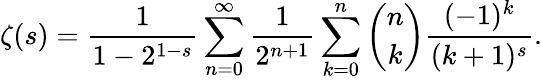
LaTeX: \zeta(s)={\frac{1}{1-2^{1-s}}}\sum_{n=0}^{\infty}{\frac{1}{2^{n+1}}}\sum_{k=0}^{n}{\binom{n}{k}}{\frac{(-1)^{k}}{(k+1)^{s}}}.